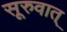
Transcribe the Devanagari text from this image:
सूरुवात्